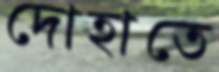
দোহাতে